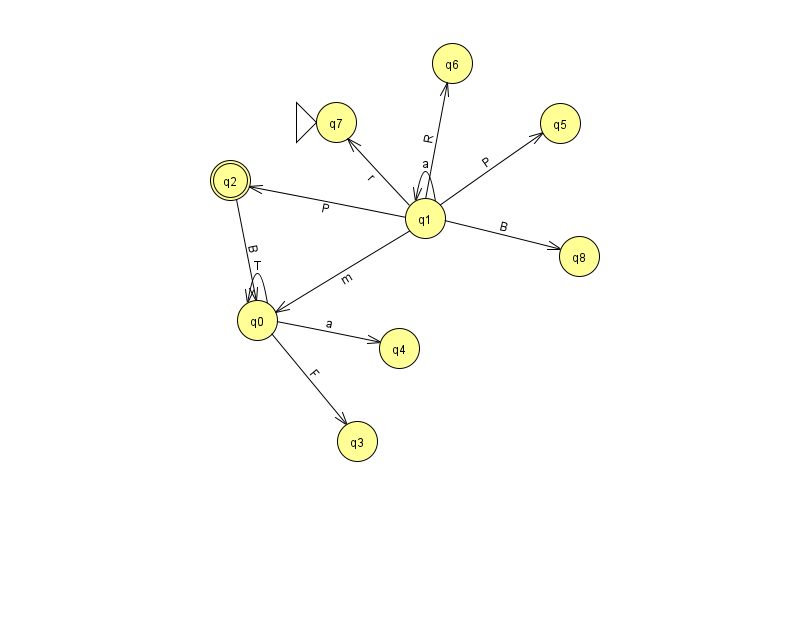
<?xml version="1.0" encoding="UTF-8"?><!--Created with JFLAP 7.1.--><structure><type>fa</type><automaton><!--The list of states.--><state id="0" name="q0"><x>257.0</x><y>307.0</y></state><state id="1" name="q1"><x>425.0</x><y>205.0</y></state><state id="2" name="q2"><x>230.0</x><y>167.0</y><final/></state><state id="3" name="q3"><x>357.0</x><y>428.0</y></state><state id="4" name="q4"><x>399.0</x><y>335.0</y></state><state id="5" name="q5"><x>560.0</x><y>110.0</y></state><state id="6" name="q6"><x>452.0</x><y>50.0</y></state><state id="7" name="q7"><x>336.0</x><y>109.0</y><initial/></state><state id="8" name="q8"><x>579.0</x><y>243.0</y></state><!--The list of transitions.--><transition><from>1</from><to>1</to><read>a</read></transition><transition><from>1</from><to>6</to><read>R</read></transition><transition><from>0</from><to>3</to><read>F</read></transition><transition><from>0</from><to>0</to><read>T</read></transition><transition><from>1</from><to>5</to><read>P</read></transition><transition><from>1</from><to>2</to><read>P</read></transition><transition><from>0</from><to>4</to><read>a</read></transition><transition><from>1</from><to>8</to><read>B</read></transition><transition><from>2</from><to>0</to><read>B</read></transition><transition><from>1</from><to>0</to><read>m</read></transition><transition><from>1</from><to>7</to><read>r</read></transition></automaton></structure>